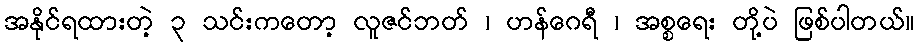
အနိုင်ရထားတဲ့ ၃ သင်းကတော့ လူဇင်ဘတ် ၊ ဟန်ဂေရီ ၊ အစ္စရေး တို့ပဲ ဖြစ်ပါတယ်။